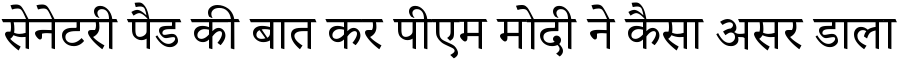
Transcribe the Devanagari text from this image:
सेनेटरी पैड की बात कर पीएम मोदी ने कैसा असर डाला